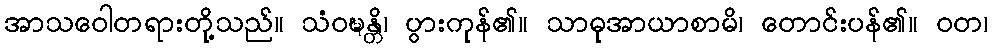
အာသဝေါတရားတို့သည်။ သံဝဍ္ဎန္တိ၊ ပွားကုန်၏။ သာဓုအာယာစာမိ၊ တောင်းပန်၏။ ဝတ၊